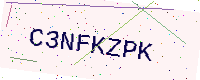
Text: C3NFKZPK